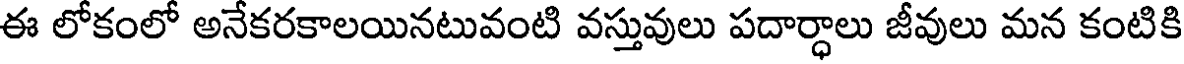
ఈ లోకంలో అనేకరకాలయినటువంటి వస్తువులు పదార్ధాలు జీవులు మన కంటికి